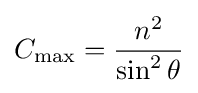
C_{\mathrm {max} }={\frac {n^{2}}{\sin ^{2}\theta }}